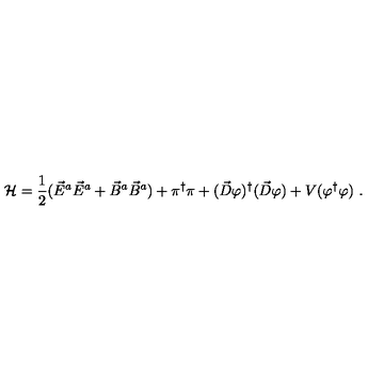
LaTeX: { \cal H } = \frac { 1 } { 2 } ( \vec { E } ^ { a } \vec { E } ^ { a } + \vec { B } ^ { a } \vec { B } ^ { a } ) + \pi ^ { \dagger } \pi + ( \vec { D } \varphi ) ^ { \dagger } ( \vec { D } \varphi ) + V ( \varphi ^ { \dagger } \varphi ) \ .